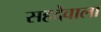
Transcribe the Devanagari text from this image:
सहदेवाला